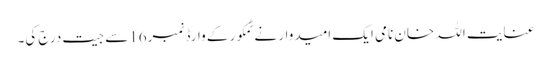
عنایت اللہ خان نامی ایک امیدوار نے ٹمکور کے وارڈ نمبر16سے جیت درج کی۔